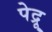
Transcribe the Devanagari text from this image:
पेद्रू